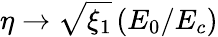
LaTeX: \eta\rightarrow\sqrt{\xi_{1}}\, (E_{0}/E_{c})